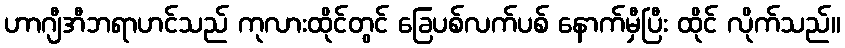
ဟာဂျီအီဘရာဟင်သည် ကုလားထိုင်တွင် ခြေပစ်လက်ပစ် နောက်မှီပြီး ထိုင် လိုက်သည်။